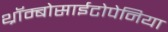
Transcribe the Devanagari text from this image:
थ्रॉम्बोसाईटोपेनिया